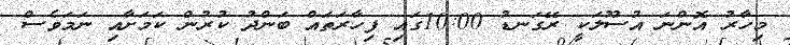
މިހާރު އޮންނަ އުސޫލަކީ ރޭގަނޑު 10:00ގައި ފިހާރަތައް ބަންދު ކުރުން ކަމަށާއި ނަމަވެސް